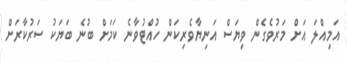
އަމިއްލަ އަށް މަރުވެގެން ވިޔަސް އަނިޔާވެރިކަން ހުއްޓުވާނެ ކަމަށް ބުނެ ބަޔަކު ސަރުކާރަށް